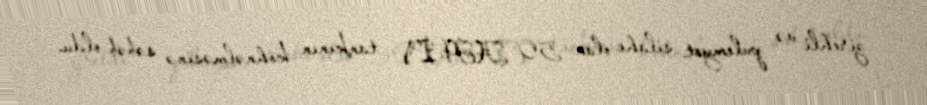
zirehli və pulemyot silahı olan 50 AH-IV tankının köhnəlməsinə səbəb oldu.